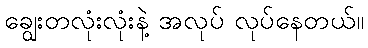
ချွေးတလုံးလုံးနဲ့ အလုပ် လုပ်နေတယ်။